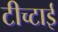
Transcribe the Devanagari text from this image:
टीच्टाई